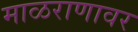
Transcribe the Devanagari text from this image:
माळराणावर